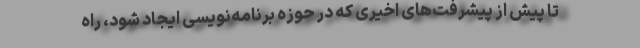
تا پیش از پیشرفت‌های اخیری که در حوزه برنامه‌نویسی ایجاد شود، راه